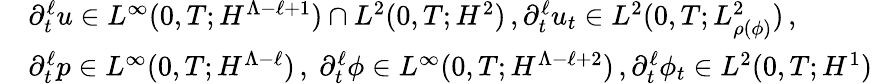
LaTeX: \begin{array}{rl}&{\partial_{t}^{\ell}u\in L^{\infty}(0,T;H^{\Lambda-\ell+1})\cap L^{2}(0,T;H^{2})\, ,\partial_{t}^{\ell}u_{t}\in L^{2}(0,T;L_{\rho(\phi)}^{2})\, ,}\\ &{\partial_{t}^{\ell}p\in L^{\infty}(0,T;H^{\Lambda-\ell})\, ,\ \partial_{t}^{\ell}\phi\in L^{\infty}(0,T;H^{\Lambda-\ell+2})\, ,\partial_{t}^{\ell}\phi_{t}\in L^{2}(0,T;H^{1})}\end{array}